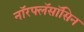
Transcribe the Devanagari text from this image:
नॉरफ्लॅसॉसिन